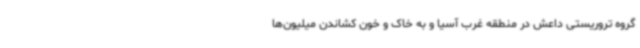
گروه تروریستی داعش در منطقه غرب آسیا و به خاک و خون کشاندن میلیون‌ها